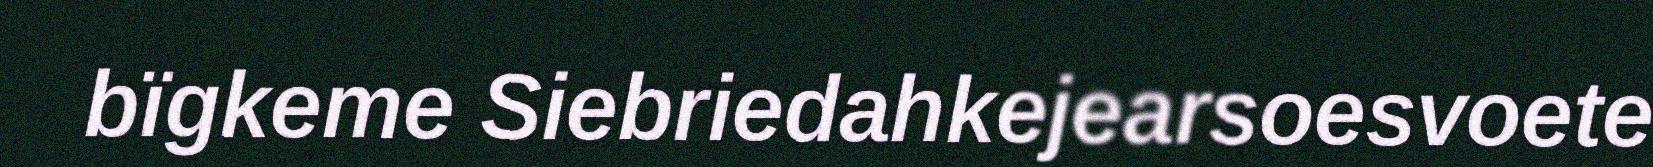
bïgkeme Siebriedahkejearsoesvoete